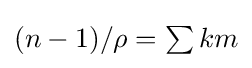
{\textstyle (n-1)/\rho =\sum km}